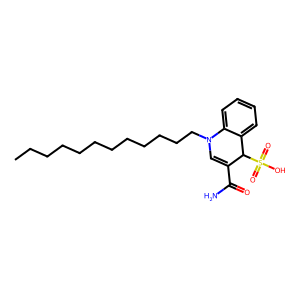
SMILES: CCCCCCCCCCCCN1C=C(C(N)=O)C(S(=O)(=O)O)c2ccccc21
Inhibits HIV replication: No